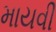
માયવી